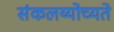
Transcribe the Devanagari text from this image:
संकलय्योच्यते